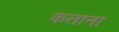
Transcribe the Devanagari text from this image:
कताना